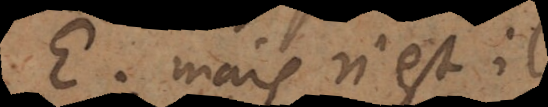
E. Mais n’est il